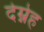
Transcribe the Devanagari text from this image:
देम्नेह